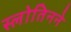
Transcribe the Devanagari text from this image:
स्लोतिनने